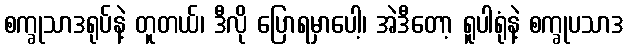
စက္ခုသာဒရုပ်နဲ့ တူတယ်၊ ဒီလို ပြောရမှာပေါ့၊ အဲဒီတော့ ရူပါရုံနဲ့ စက္ခုပသာဒ